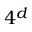
4 ^ { d }